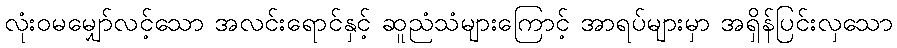
လုံးဝမမျှော်လင့်သော အလင်းရောင်နှင့် ဆူညံသံများကြောင့် အာရပ်များမှာ အရှိန်ပြင်းလှသော